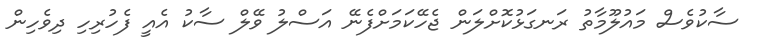
ސާކުވެސް މައުލޫމާތު ރަނގަޅުކޮށްލަން ޖެހޭކަމަށްފެނޭ އަސްލު ވޭލް ސާކު އެއީ ފެހުރިހި ދިވެހިން